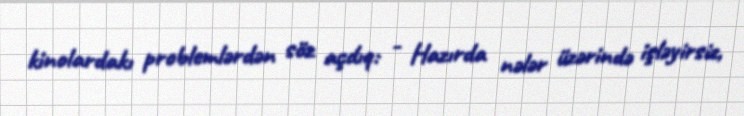
kinolardakı problemlərdən söz açdıq: - Hazırda nələr üzərində işləyirsiz,